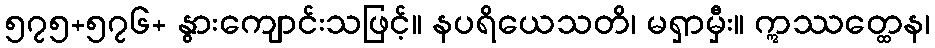
၅၇၅+၅၇၆+ နွားကျောင်းသဖြင့်။ နပရိယေသတိ၊ မရှာမှီး။ ဣဿတ္ထေန၊